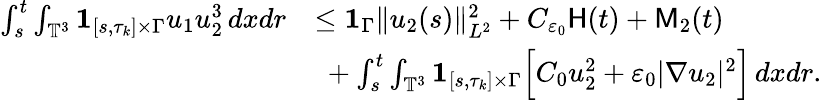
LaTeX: \begin{array}{rl}{\int_{s}^{t}\int_{\mathbb{T}^{3}}{{\mathbf 1}}_{[s,\tau_{k}]\times\Gamma}u_{1}u_{2}^{3}\, dxdr}&{\leq{{\mathbf 1}}_{\Gamma}\| u_{2}(s)\| _{L^{2}}^{2}+C_{\varepsilon_{0}}\mathsf{H}(t)+\mathsf{M}_{2}(t)}\\ &{\ +\int_{s}^{t}\int_{\mathbb{T}^{3}}{{\mathbf 1}}_{[s,\tau_{k}]\times\Gamma}\Big[C_{0}u_{2}^{2}+\varepsilon_{0}|\nabla u_{2}|^{2}\Big]\, dxdr.}\end{array}